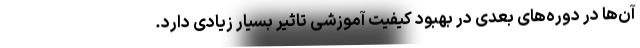
آن‌ها در دوره‌های بعدی در بهبود کیفیت آموزشی تاثیر بسیار زیادی دارد.